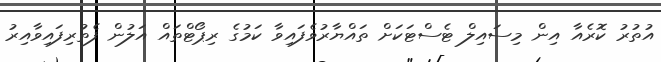
އުތުރު ކޮރެއާ އިން މިސައިލް ޓެސްޓަކަށް ތައްޔާރުވެފައިވާ ކަމުގެ ރިޕޯޓްތައް އަލުން ފެތުރިފައިވާއިރު